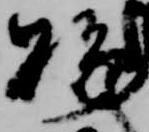
賜